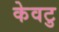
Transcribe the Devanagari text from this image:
केवटु